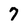
Character: 7